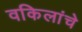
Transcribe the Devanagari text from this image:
वकिलांचे